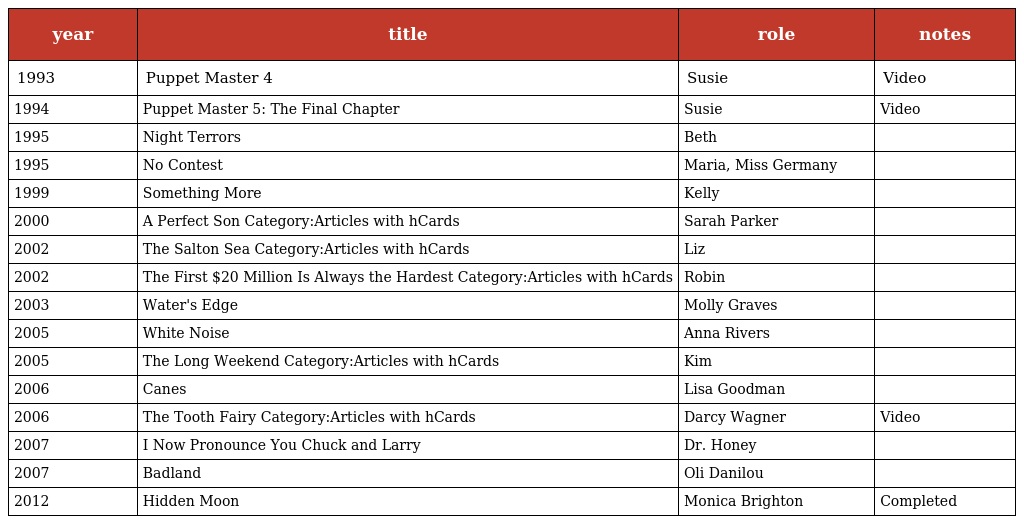
| year | title | role | notes |
 | --- | --- | --- | --- |
 | 1993 | Puppet Master 4 | Susie | Video |
 | 1994 | Puppet Master 5: The Final Chapter | Susie | Video |
 | 1995 | Night Terrors | Beth |  |
 | 1995 | No Contest | Maria, Miss Germany |  |
 | 1999 | Something More | Kelly |  |
 | 2000 | A Perfect Son Category:Articles with hCards | Sarah Parker |  |
 | 2002 | The Salton Sea Category:Articles with hCards | Liz |  |
 | 2002 | The First $20 Million Is Always the Hardest Category:Articles with hCards | Robin |  |
 | 2003 | Water's Edge | Molly Graves |  |
 | 2005 | White Noise | Anna Rivers |  |
 | 2005 | The Long Weekend Category:Articles with hCards | Kim |  |
 | 2006 | Canes | Lisa Goodman |  |
 | 2006 | The Tooth Fairy Category:Articles with hCards | Darcy Wagner | Video |
 | 2007 | I Now Pronounce You Chuck and Larry | Dr. Honey |  |
 | 2007 | Badland | Oli Danilou |  |
 | 2012 | Hidden Moon | Monica Brighton | Completed |